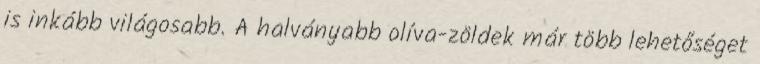
is inkább világosabb. A halványabb olíva-zöldek már több lehetőséget